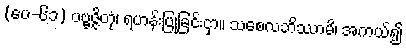
(ပေ-၆၁) ပဗ္ဗဇ္ဇိတုံ၊ ရဟန်းပြုခြင်းငှာ။ သစေလဘိဿာမိ၊ အကယ်၍